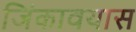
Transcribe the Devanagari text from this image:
जिंकावयास